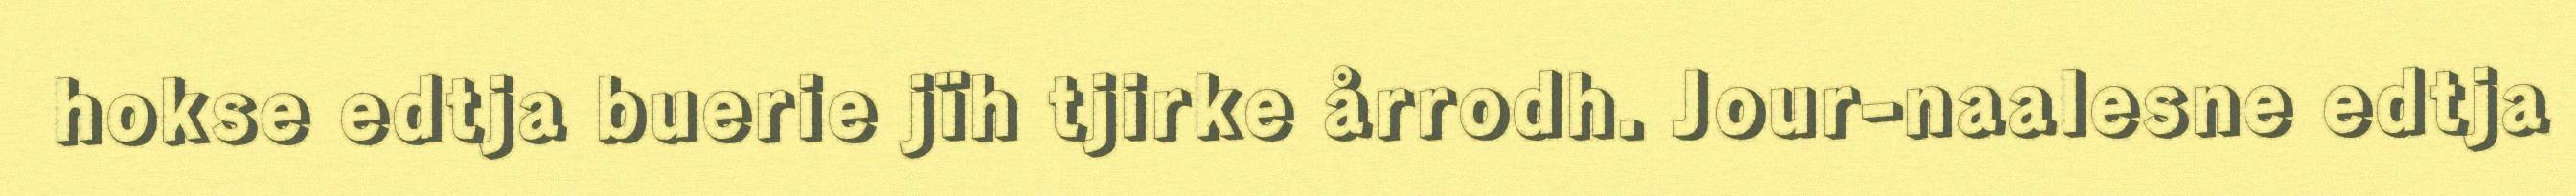
hokse edtja buerie jïh tjirke årrodh. Jour-naalesne edtja